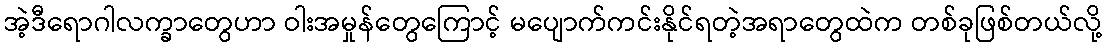
အဲ့ဒီရောဂါလက္ခာတွေဟာ ဝါးအမှုန်တွေကြောင့် မပျောက်ကင်းနိုင်ရတဲ့အရာတွေထဲက တစ်ခုဖြစ်တယ်လို့